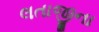
લતાજીના